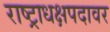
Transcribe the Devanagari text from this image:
राष्ट्राधक्षपदावर